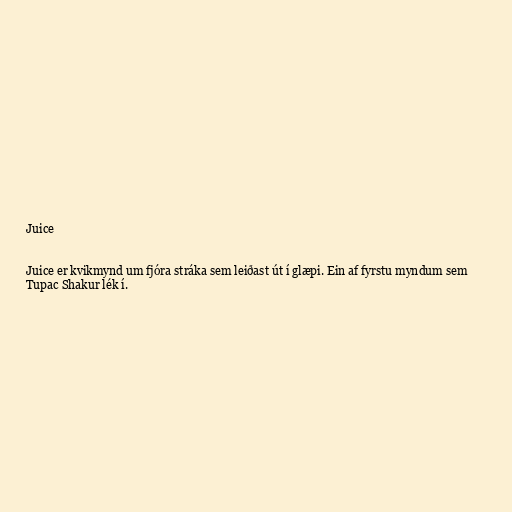
Juice

Juice er kvikmynd um fjóra stráka sem leiðast út í glæpi. Ein af fyrstu myndum sem
Tupac Shakur lék í.